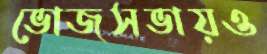
ভোজসভায়ও